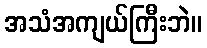
အသံအကျယ်ကြီးဘဲ။